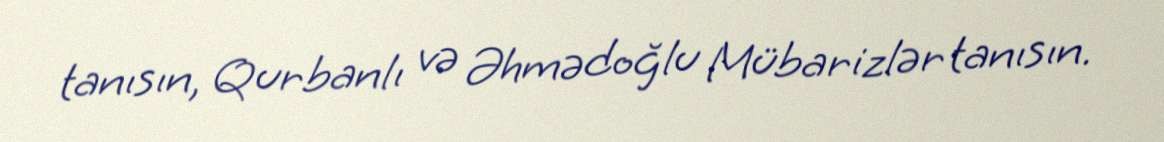
tanısın, Qurbanlı və Əhmədoğlu Mübarizlər tanısın.